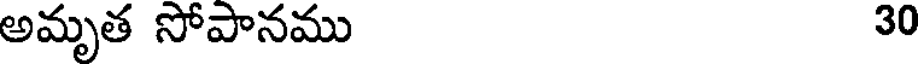
అమృత సోపానము 30